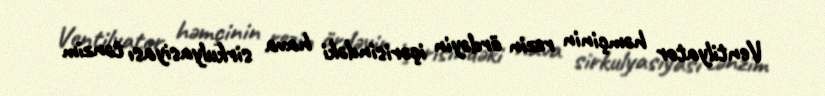
Ventilyator həmçinin rezin ördəyin içərisindəki hava sirkulyasiyası tənzim